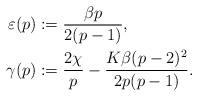
LaTeX: \begin{align*}\varepsilon(p) &:= \frac{\beta p}{2(p-1)},\\\gamma(p) &:= \frac{2\chi}{p} - \frac{K\beta(p-2)^2}{2p(p-1)}.\end{align*}